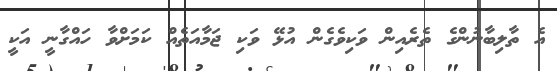
އެ ތާލިބާނުންގެ ތެރެއިން ވަކިވެގެން އުޅޭ ވަކި ޖަމާއަތެއް ކަމަށްވާ ހައްގާނީ އަކީ